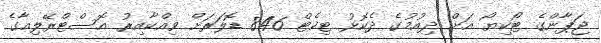
ޖަޕާންގެ ޓޯކިޔޯ އަށް ދިއުމުގެ ދެކޮޅު ޓިކެޓް 846 ޑޮލަރަށް ވިއްކާއިރު އޮސްޓްރޭލިއާގެ